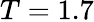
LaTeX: T=1.7